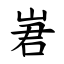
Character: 㟒